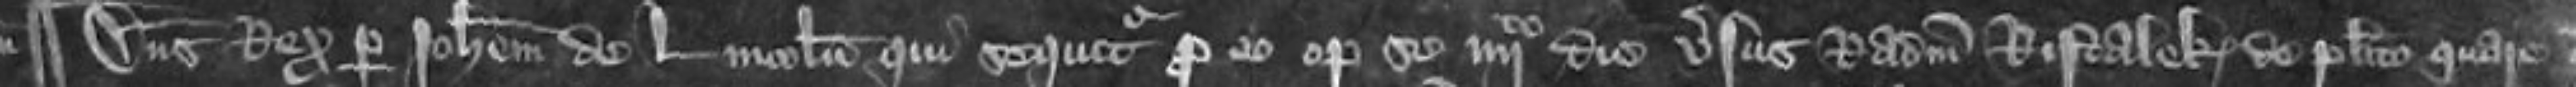
¶ Dominus Rex per Johannem de Lincoln qui sequitur pro eo optulit se quarto die versus Radulphum Ristalek de placito quare